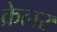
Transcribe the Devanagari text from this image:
क्रेलर